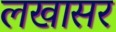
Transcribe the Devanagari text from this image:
लखासर